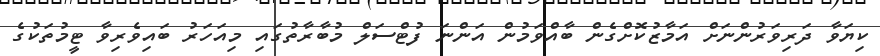
ކިޔަވާ ދަރިވަރުންނަށް އަމާޒުކޮށްގެން ބާއްވަމުން އަންނަ ފުޓްސަލް މުބާރާތުގައި މިއަހަރު ބައިވެރިވާ ޓީމުތަކުގެ